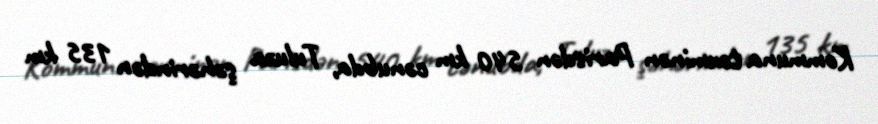
Kommuna təxminən Parisdən 540 km cənubda, Tuluza şəhərindən 135 km